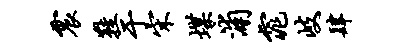
震鞋于宋堞浦窕岐肆